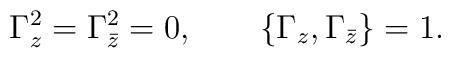
{\Gamma_z^2=\Gamma_{\bar{z}}^2=0, \qquad\{\Gamma_z,\Gamma_{\bar{z}}\}= 1.}